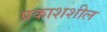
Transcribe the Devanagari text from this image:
प्रकाशशील